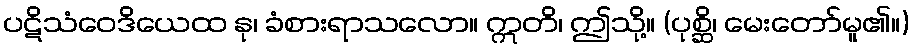
ပဋိသံဝေဒိယေထ နု၊ ခံစားရာသလော။ ဣတိ၊ ဤသို့။ (ပုစ္ဆိ၊ မေးတော်မူ၏။)